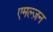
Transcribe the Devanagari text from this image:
एमल्ज़न